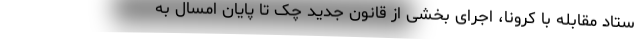
ستاد مقابله با کرونا، اجرای بخشی از قانون جدید چک تا پایان امسال به